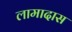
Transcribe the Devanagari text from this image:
लामादास